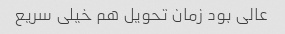
عالی بود زمان تحویل هم خیلی سریع